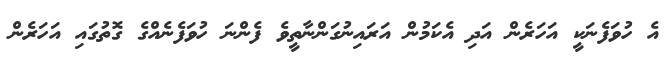
އެ ހުވަފެނަކީ އަހަރެން އަދި އެކަމުން އަރައިނުގަންނާތީވެ ފެންނަ ހުވަފެނެއްގެ ގޮތުގައި އަހަރެން